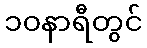
၁၀နာရီတွင်